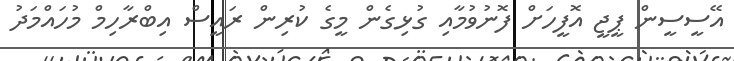
އޭސީސީން ޕީޖީ އޮފީހަށް ފޮނުވުމާއި ގުޅިގެން މީގެ ކުރިން ރައީސް އިބްރާހިމް މުހައްމަދު